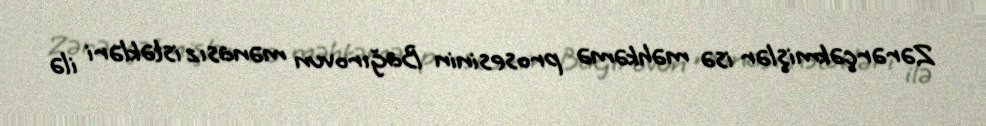
Zərərçəkmişlər isə məhkəmə prosesinin Bağırovun mənasız istəkləri ilə